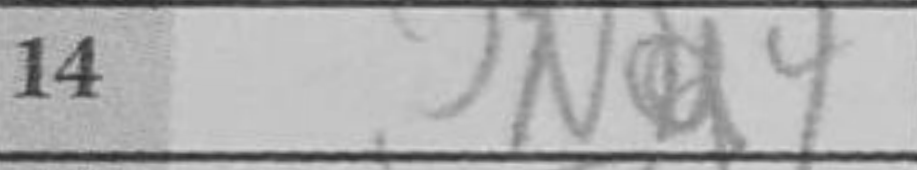
Transcription: Nd4